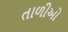
તાળીઓ